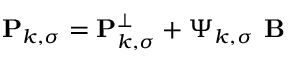
\mathbf { P } _ { k , \sigma } = \mathbf { P } _ { k , \sigma } ^ { \perp } + \boldsymbol { \Psi } _ { k , \sigma } \boldsymbol { \textbf { B } }